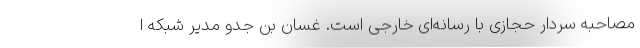
مصاحبه سردار حجازی با رسانه‌ای خارجی است. غسان بن جدو مدیر شبکه ا